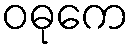
ဝဓုကေ